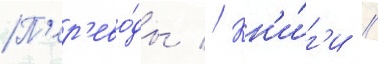
П'ер'ево́ды // Кн'и́г'и //